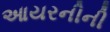
આયરનીની